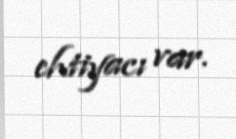
ehtiyacı var.